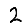
Digit: 2